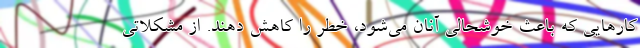
کارهایی که باعث خوشحالی آنان می‌شود، خطر را کاهش دهند. از مشکلاتی